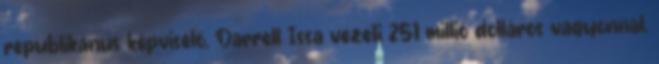
republikánus képviselő, Darrell Issa vezeti 251 millió dolláros vagyonnal,